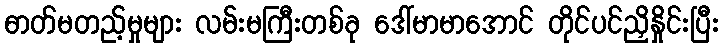
ဓာတ်မတည့်မှုများ လမ်းမကြီးတစ်ခု ဒေါ်မာမာအောင် တိုင်ပင်ညှိနှိုင်းပြီး